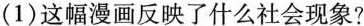
(1)这幅漫画反映了什么社会现象?